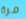
مرة